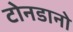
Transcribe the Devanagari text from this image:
टोनडानो